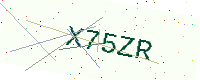
Text: X75ZR